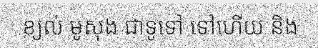
ខ្យល់ មូសុង ជាទូទៅ ទៅហើយ និង